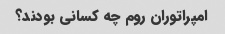
امپراتوران روم چه کسانی بودند؟